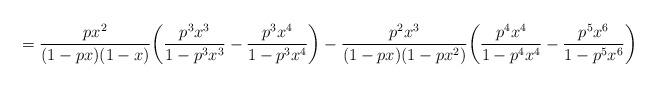
LaTeX: \begin{align*}=\frac{px^2}{(1-px)(1-x)}\bigg(\frac{p^3x^3}{1-p^3x^3}- \frac{p^3x^4}{1-p^3x^4}\bigg) - \frac{p^2x^3}{(1-px)(1-px^2)}\bigg(\frac{p^4x^4}{1-p^4x^4} - \frac{p^5x^6}{1-p^5x^6}\bigg)\end{align*}